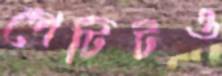
পেটিটও